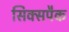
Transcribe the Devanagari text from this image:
सिक्सपैक